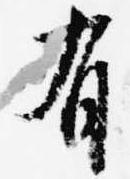
有